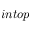
i n t o p